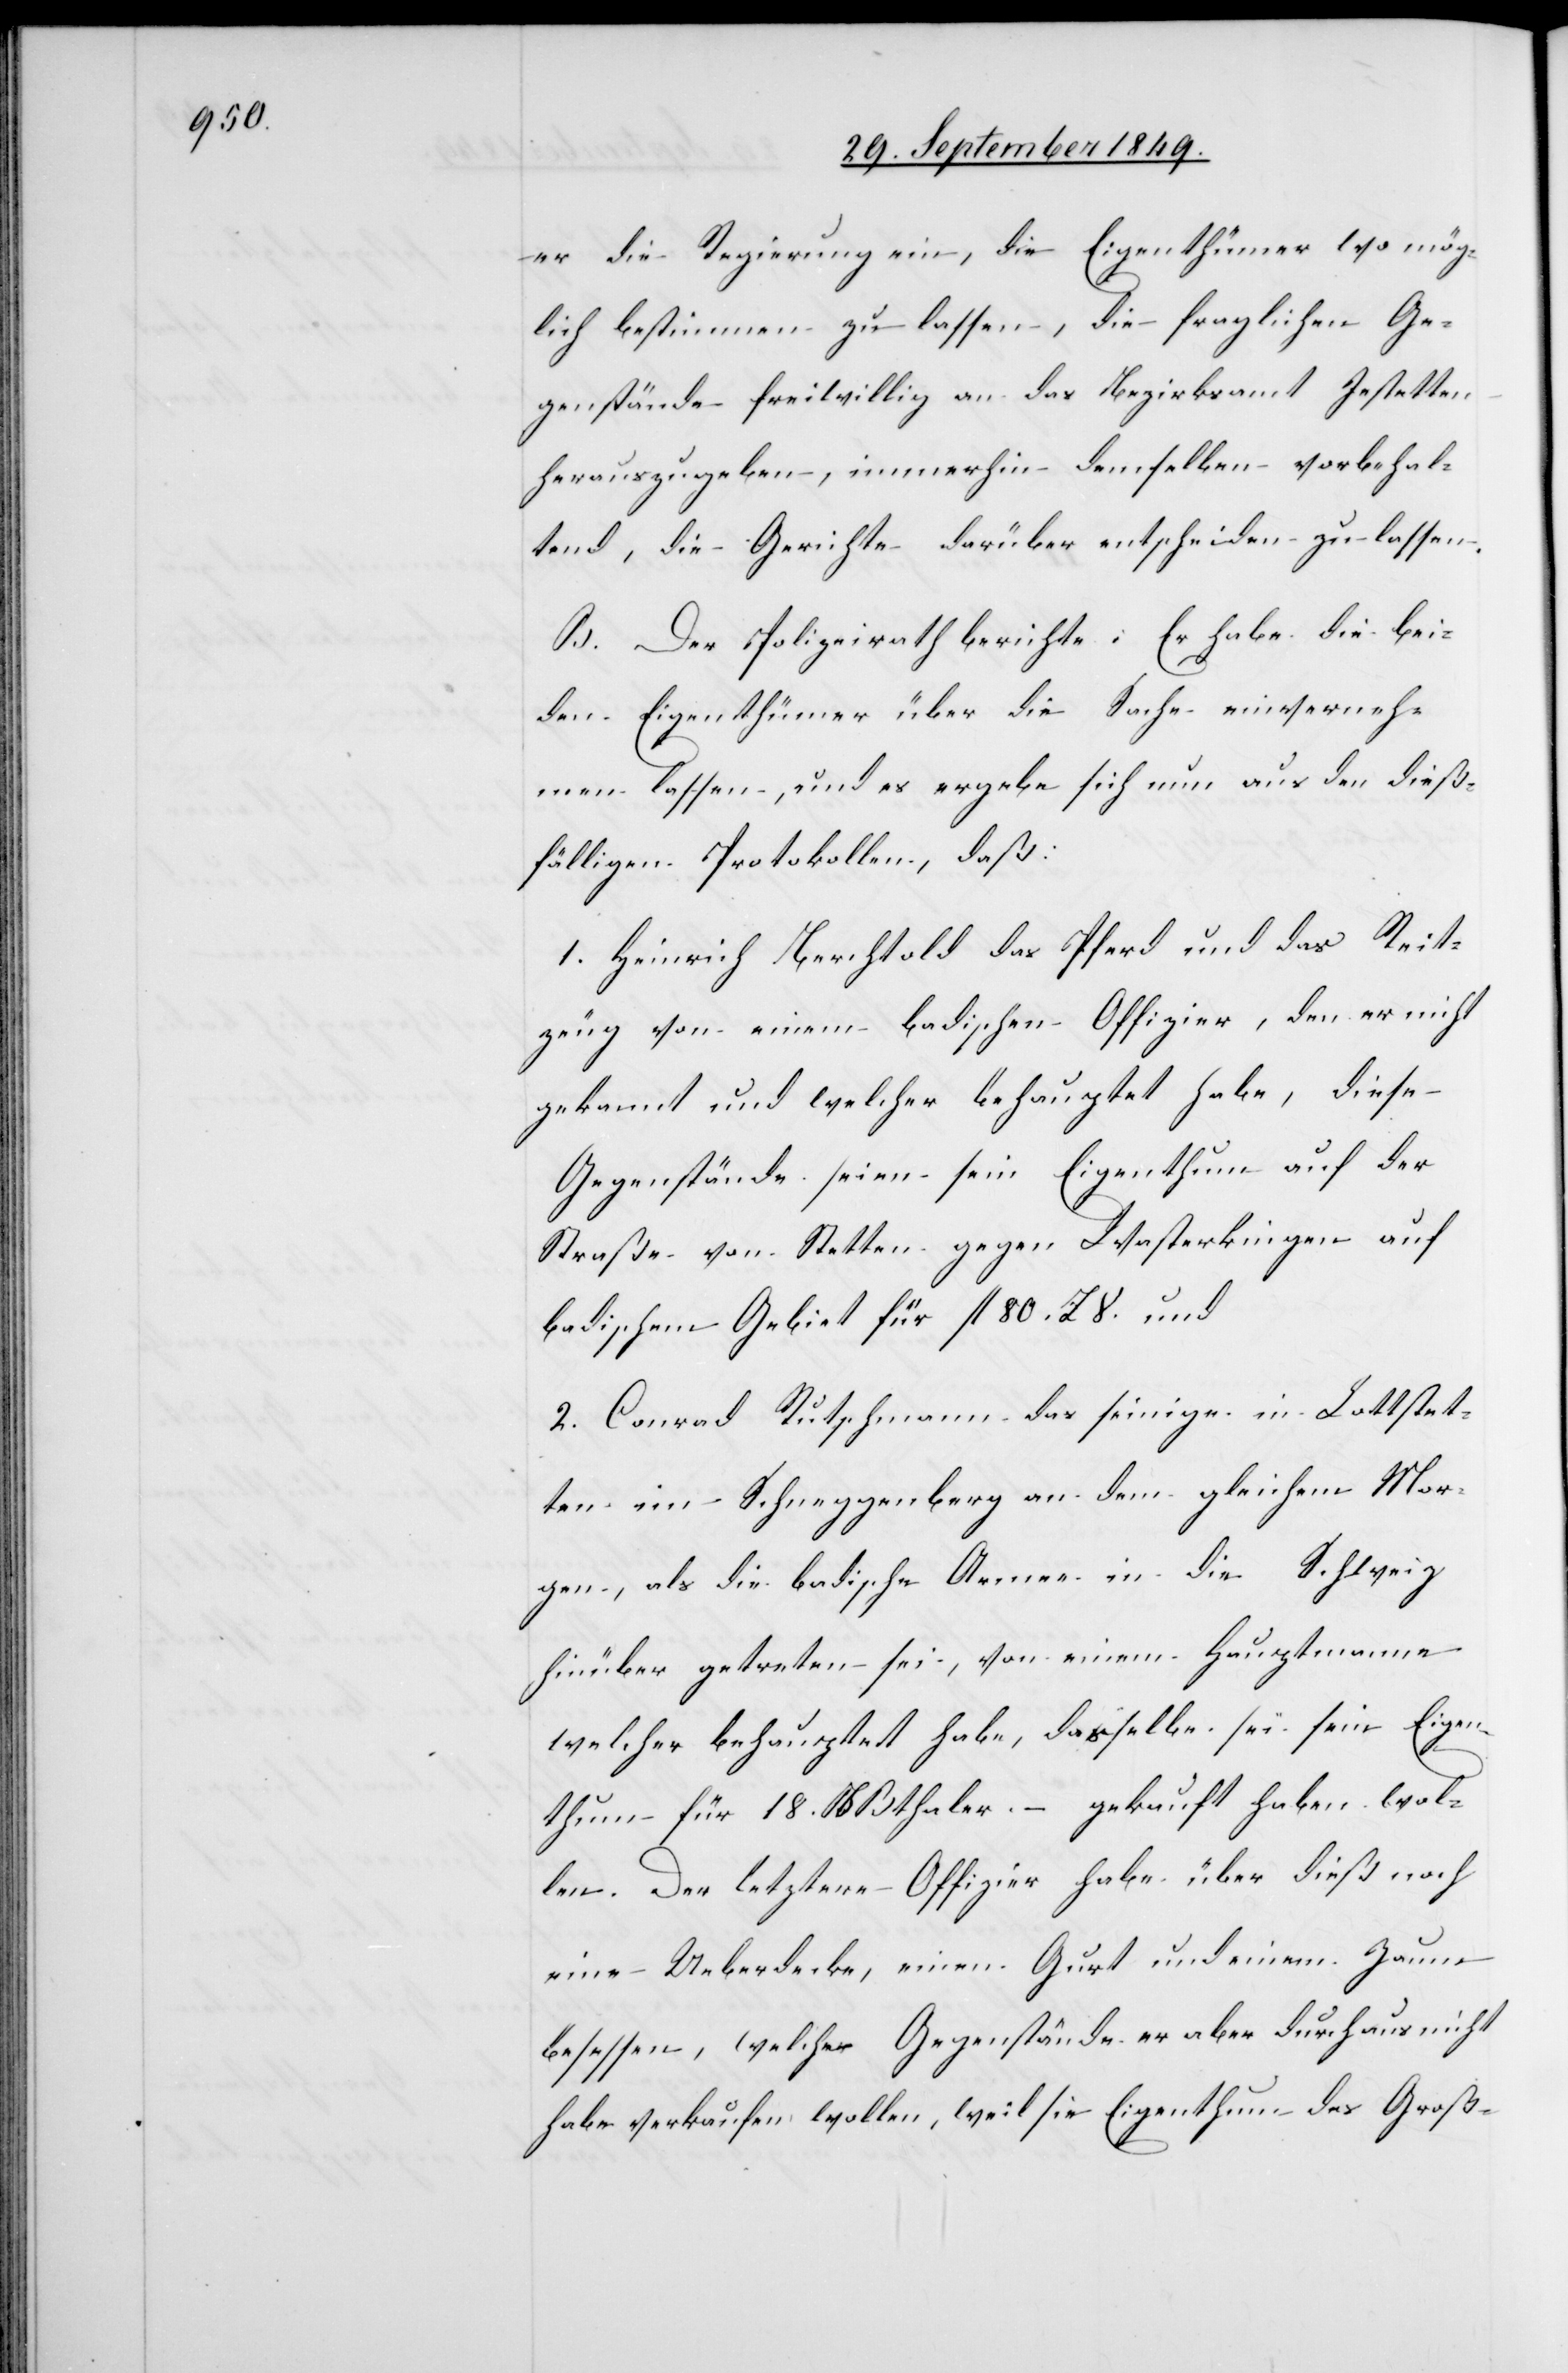
er die Regierung ein, die Eigenthümer wo mög¬
lich bestimmen zu lassen, die fraglichen Ge¬
genstände freiwillig an das Bezirksamt Jestetten
herauszugeben, immerhin demselben vorbehal¬
tend, die Gerichte darüber entscheiden zu lassen.
B. Der Polizeirath berichte: Er habe die bei¬
den Eigenthümer über die Sache einverneh¬
men lassen, und es ergebe sich nun aus den dieß¬
fälligen Protokollen, daß:
1. Heinrich Berchthold das Pferd und das Reit¬
zeug von einem badischen Offizier,, den er nicht
gekannt und welcher behauptet habe, diese
Gegenstände seien sein Eigenthum auf der
Straße von Stetten gegen Wasterkingen auf
badischen Gebiet für fl. 80. ZS. und
2. Conrad Rutschmann das seinige in Lattstet¬
ten im Schneggenberg an dem gleichen mor¬
gen, als die badische Armee in die Schweiz
hinüber getreten sei, von einem Hauptmann
welcher behauptet habe, dasselbe sei sein Eigen¬
thum für 18. NBthaler. – gekauft haben wol¬
len. Der letztere Offizier habe über dieß noch
eine Ueberdecke, einen Gurt und einen Zaum
besessen, welche Gegenstände er aber durchaus nicht
habe verkaufen wollen, weil sie Eigenthum des Groß-